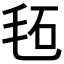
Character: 𣭏